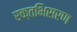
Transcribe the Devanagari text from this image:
रक्तभिसरण